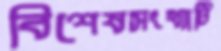
বিশেষসংখ্যাটি